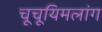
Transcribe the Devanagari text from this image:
चूचूयिमलांग